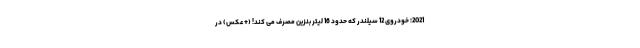
2021؛ خودروی 12 سیلندر که حدود 16 لیتر بنزین مصرف می کند! (+عکس) در